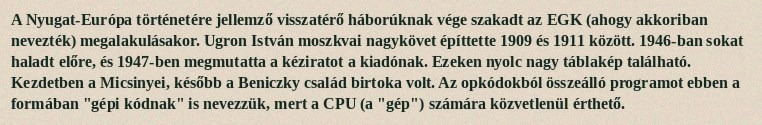
A Nyugat-Európa történetére jellemző visszatérő háborúknak vége szakadt az EGK (ahogy akkoriban nevezték) megalakulásakor. Ugron István moszkvai nagykövet építtette 1909 és 1911 között. 1946-ban sokat haladt előre, és 1947-ben megmutatta a kéziratot a kiadónak. Ezeken nyolc nagy táblakép található. Kezdetben a Micsinyei, később a Beniczky család birtoka volt. Az opkódokból összeálló programot ebben a formában "gépi kódnak" is nevezzük, mert a CPU (a "gép") számára közvetlenül érthető.